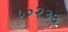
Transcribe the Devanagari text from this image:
५०२३६